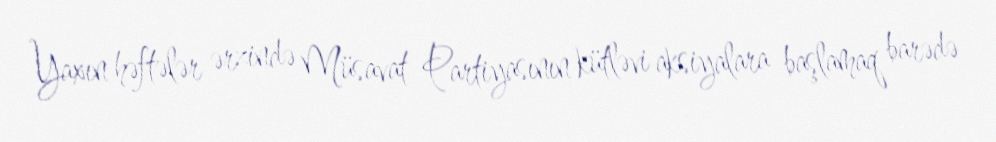
Yaxın həftələr ərzində Müsavat Partiyasının kütləvi aksiyalara başlamaq barədə